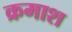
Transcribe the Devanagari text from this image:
क्रमाश